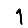
Digit: 1